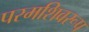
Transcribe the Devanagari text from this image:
परमशिवरूप